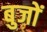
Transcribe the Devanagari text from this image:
बुजों